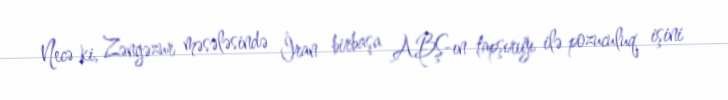
Necə ki, Zəngəzur məsələsində İran birbaşa ABŞ-ın tapşırığı ilə pozuculuq işini